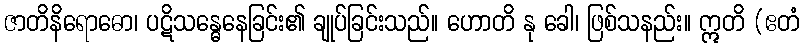
ဇာတိနိရောဓော၊ ပဋိသန္ဓေနေခြင်း၏ ချုပ်ခြင်းသည်။ ဟောတိ နု ခေါ၊ ဖြစ်သနည်း။ ဣတိ (ဧတံ